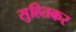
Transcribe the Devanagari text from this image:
सुहितकर